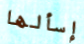
إسألها